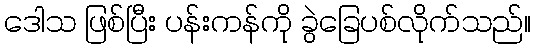
ဒေါသ ဖြစ်ပြီး ပန်းကန်ကို ခွဲခြေပစ်လိုက်သည်။